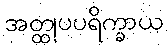
အတ္ထုပပရိက္ခာယ